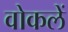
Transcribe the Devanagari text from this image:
वोकलें